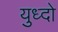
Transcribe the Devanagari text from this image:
युध्दो